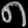
Digit: ၈